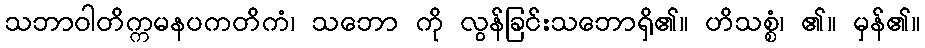
သဘာဝါတိက္ကမနပကတိကံ၊ သဘော ကို လွန်ခြင်းသဘောရှိ၏။ ဟိသစ္စံ၊ ၏။ မှန်၏။